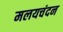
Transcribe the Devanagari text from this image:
मलयचंदन